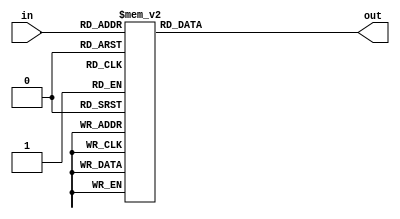
module seven_seg_hex(
	input [3:0] in,
	output reg [6:0] out
	);

initial
begin
	out = 7'd0;
end

always@(*)
begin
	case(in)
		4'b0000: out=7'b1000000;
		4'b0001: out=7'b1111001;
		4'b0010: out=7'b0100100;
		4'b0011: out=7'b0110000;
		4'b0100: out=7'b0011001;
		4'b0101: out=7'b0010010;
		4'b0110: out=7'b0000010;
		4'b0111: out=7'b1111000;
		4'b1000: out=7'b0000000;
		4'b1001: out=7'b0010000;
		4'b1010: out=7'b0001000;
		4'b1011: out=7'b0000011;
		4'b1100: out=7'b1000110;
		4'b1101: out=7'b0100001;
		4'b1110: out=7'b0000110;
		4'b1111: out=7'b0001110;
	default
		out=7'b1111111;
	endcase
end

endmodule